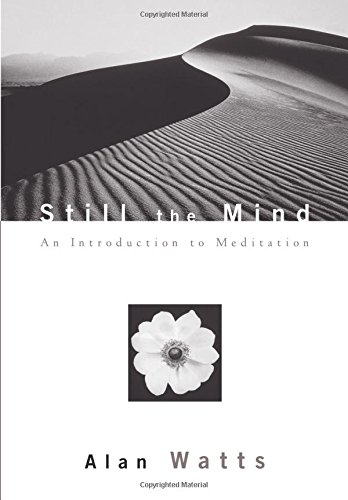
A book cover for Still the Mind: An Introduction to Meditation; Alan Watts; Religion & Spirituality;